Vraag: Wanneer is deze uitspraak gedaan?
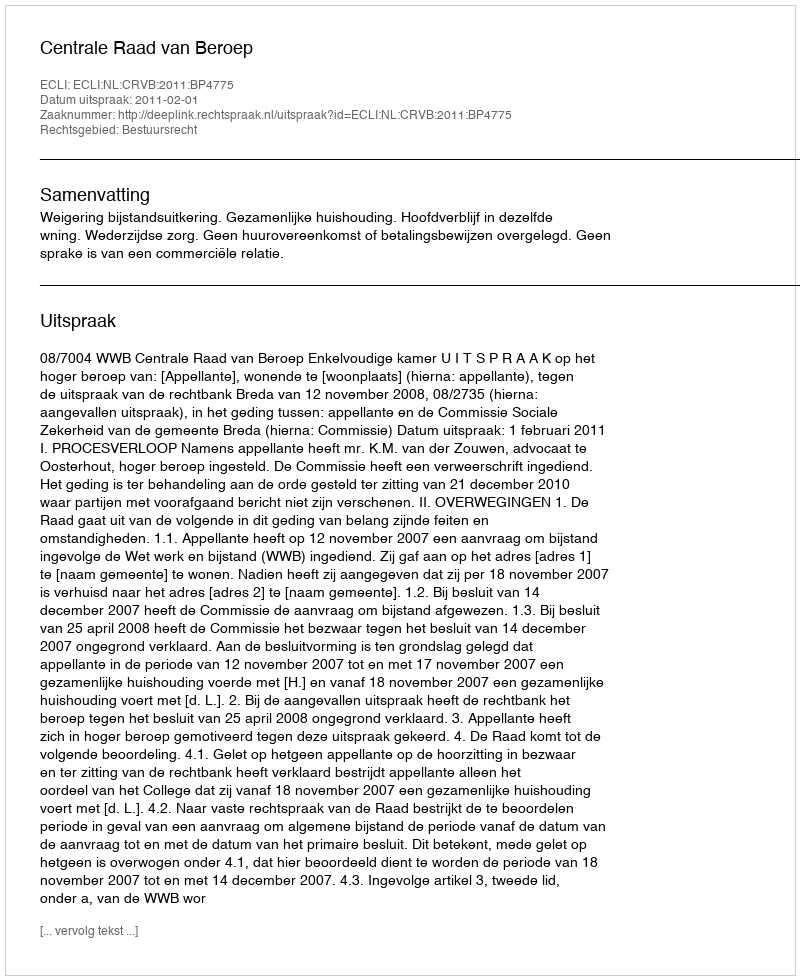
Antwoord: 2011-02-01